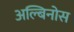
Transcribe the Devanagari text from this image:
अल्बिनोस